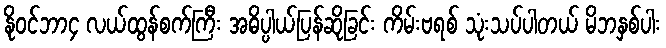
နိုဝင်ဘာ၄ လယ်ထွန်စက်ကြီး အဓိပ္ပါယ်ပြန်ဆိုခြင်း ကိမ်းဗရစ် သုံးသပ်ပါတယ် မိဘနှစ်ပါး